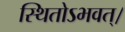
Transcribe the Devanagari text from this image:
स्थितोऽभवत्‌।